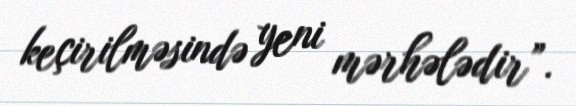
keçirilməsində yeni mərhələdir”.